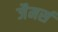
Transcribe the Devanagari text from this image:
जैमर्स